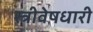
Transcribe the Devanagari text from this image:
स्त्रीवेषधारी